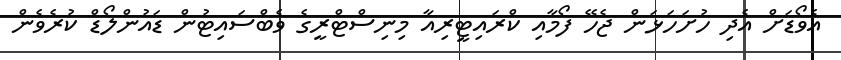
އެވޯޑަށް އެދި ހުށަހަޅަން ޖެހޭ ފޯމާއި ކްރައިޓީރިއާ މިނިސްޓްރީގެ ވެބްސައިޓުން ޑައުންލޯޑް ކުރެވެން